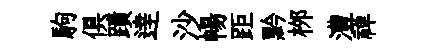
駒俱蹟逹沙暢距黔桞澧禅